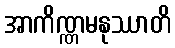
အာကိဏ္ဏမနုဿာတိ